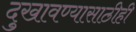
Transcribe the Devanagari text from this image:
दुखावण्यासाठीही